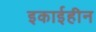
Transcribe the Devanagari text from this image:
इकाईहीन